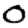
Digit: 0